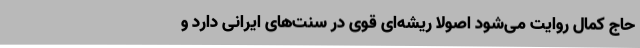
حاج کمال روایت می‌شود اصولا ریشه‌ای قوی در سنت‌های ایرانی دارد و